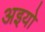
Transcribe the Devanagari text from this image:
अइयो